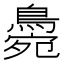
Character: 𪂭